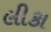
લીકા